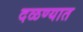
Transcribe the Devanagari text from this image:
दळण्यात